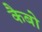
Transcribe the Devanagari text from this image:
कैबो